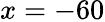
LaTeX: x=-60